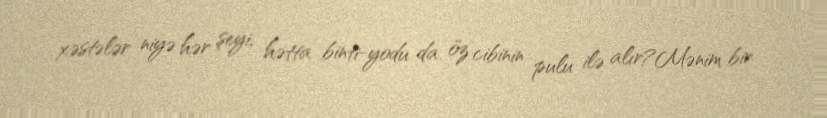
xəstələr niyə hər şeyi, hətta binti-yodu da öz cibinin pulu ilə alır?Mənim bir